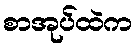
စာအုပ်ထဲက